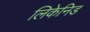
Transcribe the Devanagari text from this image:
लिकेनिड